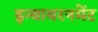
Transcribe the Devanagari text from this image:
इन्वायरनमेंट